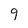
Character: 9